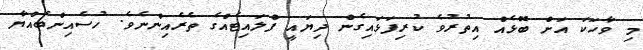
މި ވާހަކަ އަށް ބޮޅެއް އިތުރުވެ ކުރިފަޅައިގެން ދިޔައީ ފްލައިޓެއްގެ ތެރެއިންނެވެ. ހުސެއިންބެއްޔާ